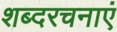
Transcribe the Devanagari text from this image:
शब्दरचनाएं